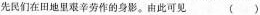
先民们在田地里艰辛劳作的身影。由此可见（）